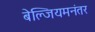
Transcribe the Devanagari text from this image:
बेल्जियमनंतर